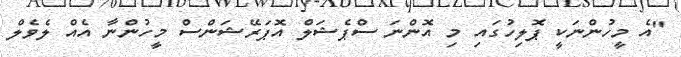
"އެ މީހުންނަކީ ޕޮލިހުގައި މި އޮންނަ ސްޕެޝަލް އޮޕަރޭޝަންސް މީހުންނާ އެއް ލެވެލް